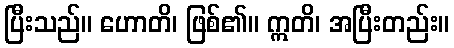
ပြီးသည်။ ဟောတိ၊ ဖြစ်၏။ ဣတိ၊ အပြီးတည်း။